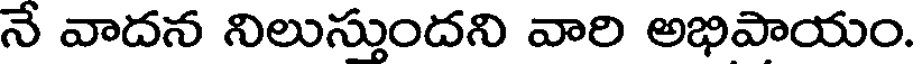
నే వాదన నిలుస్తుందని వారి అభిపాయం.